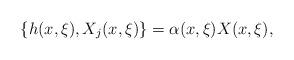
LaTeX: \begin{align*}\{ h (x, \xi) , X_{j}(x, \xi) \} = \alpha (x, \xi) X (x, \xi) ,\end{align*}